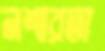
নশ্বরতা